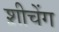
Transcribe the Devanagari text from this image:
श़ीचेंग